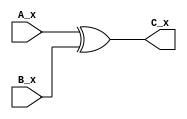
`timescale 1ns/100ps

module Bitwise_Xor4(A_x ,B_x, C_x);

	output wire [3:0] C_x;
	input wire [3:0] A_x;
	input wire [3:0] B_x;
	
	assign C_x = A_x ^ B_x;
endmodule